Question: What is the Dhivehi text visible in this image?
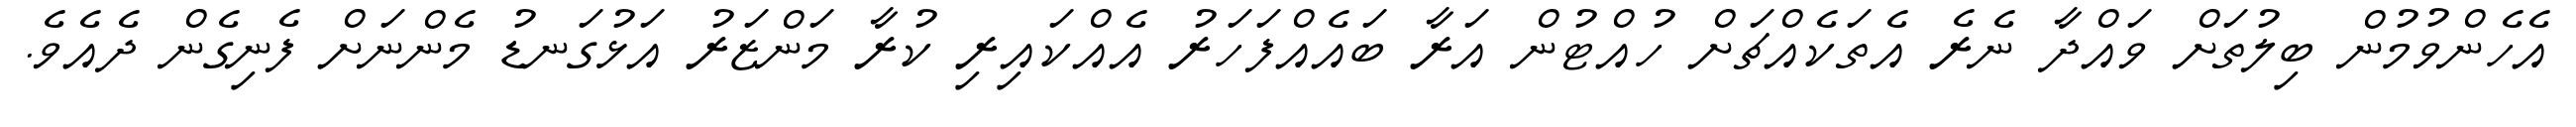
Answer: އެހެންވުމުން ބިލުތަށް ވައްދާ ނެރެ އެތަކެއްޗަށް ހުއްޓުން އަރާ ބައެއްފަހަރު އެއްކައިރި ކުރާ މަންޒަރު އަޅުގަނޑު މެންނަށް ފެނިގެން ދެއެވެ.